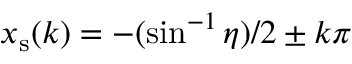
x _ { \mathrm { s } } ( k ) = - ( \sin ^ { - 1 } \eta ) / 2 \pm k \pi